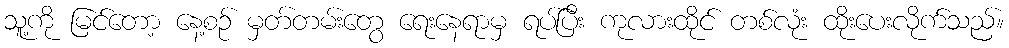
သူ့ကို မြင်တော့ နေ့စဉ် မှတ်တမ်းတွေ ရေးနေရာမှ ရပ်ပြီး ကုလားထိုင် တစ်လုံး ထိုးပေးလိုက်သည်။